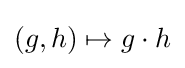
(g,h)\mapsto g\cdot h